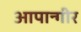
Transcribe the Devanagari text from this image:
आपान्गीर